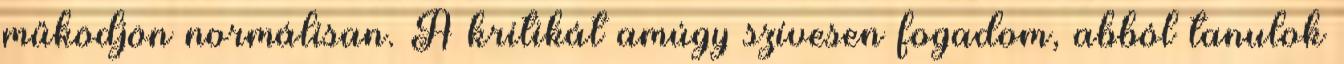
működjön normálisan. A kritikát amúgy szívesen fogadom, abból tanulok